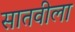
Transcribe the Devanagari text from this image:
सातवीला